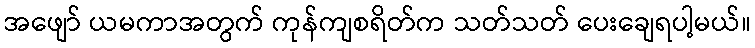
အဖျော် ယမကာအတွက် ကုန်ကျစရိတ်က သတ်သတ် ပေးချေရပါ့မယ်။